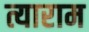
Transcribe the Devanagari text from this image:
त्याराम